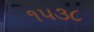
૧૫૩૮